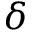
\delta